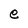
Character: e